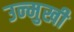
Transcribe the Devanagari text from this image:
उन्‍मुखी